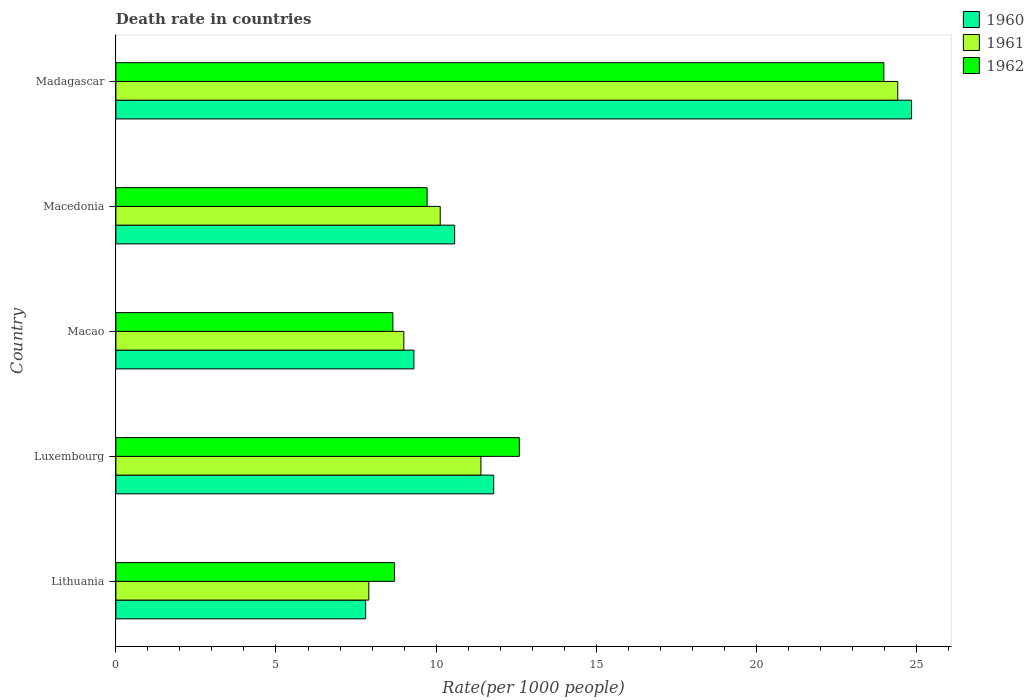
| Country | 1960 | 1961 | 1962 |
 | --- | --- | --- | --- |
 | Lithuania | 7.8 | 7.9 | 8.7 |
 | Luxembourg | 11.8 | 11.4 | 12.6 |
 | Macao | 9.31 | 8.99 | 8.65 |
 | Macedonia | 10.6 | 10.1 | 9.72 |
 | Madagascar | 24.9 | 24.4 | 24 |